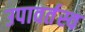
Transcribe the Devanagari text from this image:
उपावर्तस्व